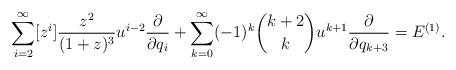
LaTeX: \begin{align*}&\sum_{i=2}^{\infty}[z^i]\frac{z^2}{(1+z)^3}u^{i-2}\frac{\partial}{\partial q_i}+\sum_{k=0}^{\infty}(-1)^k\binom{k+2}{k}u^{k+1}\frac{\partial}{\partial q_{k+3}}= E^{(1)}.\end{align*}